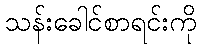
သန်းခေါင်စာရင်းကို